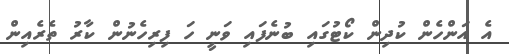
އެ އަންހެން ކުދިން ކޯޓުގައި ބުނެފައި ވަނީ ހަ ފިރިހެނުން ކާރު ތެރެއިން